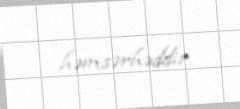
həmsərhəddir.